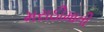
મરાઠીમાતી